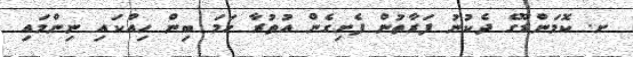
ށ. ކޮމަންޑޫގެ ދެކުނު ފަރާތުން ފެށިގެން އުތުރާ ހަމަ ބިން ހިއްކައި ނިންމައި